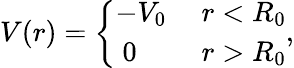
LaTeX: \begin{array}{r}{V(r)=\left\{ \begin{array}{ll}{-V_{0}}&{\ r<R_{0}}\\ {\ 0}&{\ r>R_{0}}\end{array}\right.,}\end{array}